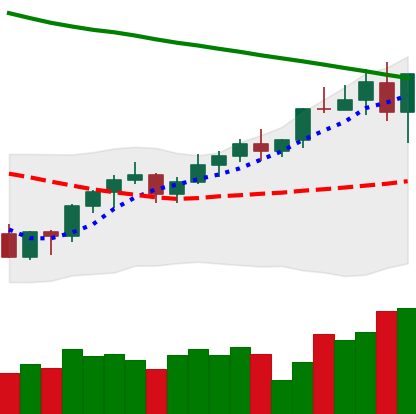
Ticker: BNB-USD
Chart end date: 2022-04-01
Forward return: -5.924%
Label: down_5_7